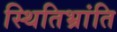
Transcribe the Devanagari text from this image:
स्थितिभ्रांति